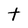
Character: t